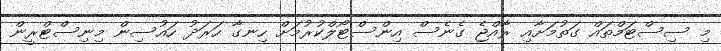
މި ސިސްޓަމްތައް ގަތުމަށާއި ރާއްޖެ ގެނެސް އިންސްޓޯލްކުރުމަށް ހިނގާ ހަރަދު ހައުސިން މިނިސްޓްރީން